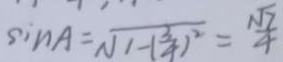
\sin A = \sqrt { 1 - ( \frac { 3 } { 4 } ) ^ { 2 } } = \frac { \sqrt { 7 } } { 4 }